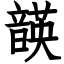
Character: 韺